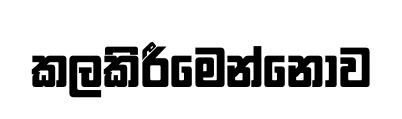
කලකිරීමෙන්නොව